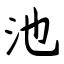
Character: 池